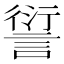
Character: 𲁮